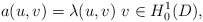
\begin{align*}a(u,v)=\lambda(u,v)~v\in H^1_0(D),\end{align*}